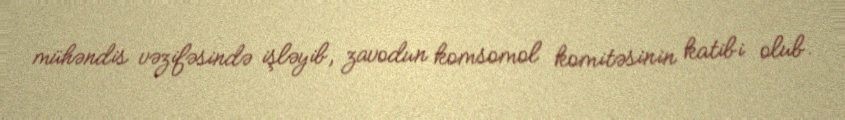
mühəndis vəzifəsində işləyib, zavodun komsomol komitəsinin katibi olub.